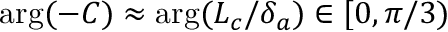
\arg ( - C ) \approx \arg ( L _ { c } / \delta _ { a } ) \in [ 0 , \pi / 3 )